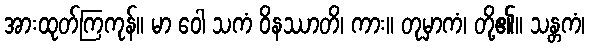
အားထုတ်ကြကုန်။ မာ ဝေါ သကံ ဝိနဿာတိ၊ ကား။ တုမှာကံ၊ တို့၏။ သန္တကံ၊